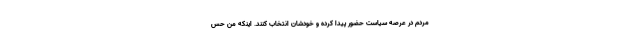
مردم در عرصه سیاست حضور پیدا کرده و خودشان انتخاب کنند. اینکه من حس